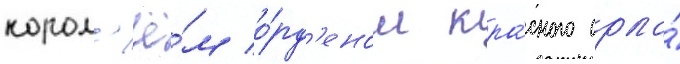
корол'ё́м о́рд'еном кра́сного орла́